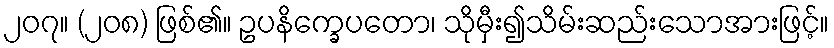
၂၀၇။ (၂၀၈) ဖြစ်၏။ ဥပနိက္ခေပတော၊ သိုမှီး၍သိမ်းဆည်းသောအားဖြင့်။